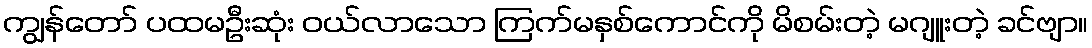
ကျွန်တော် ပထမဦးဆုံး ဝယ်လာသော ကြက်မနှစ်ကောင်ကို မိစမ်းတဲ့ မဂျူးတဲ့ ခင်ဗျာ။